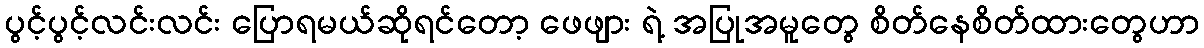
ပွင့်ပွင့်လင်းလင်း ပြောရမယ်ဆိုရင်တော့ ဖေဖျား ရဲ့ အပြုအမူတွေ စိတ်နေစိတ်ထားတွေဟာ